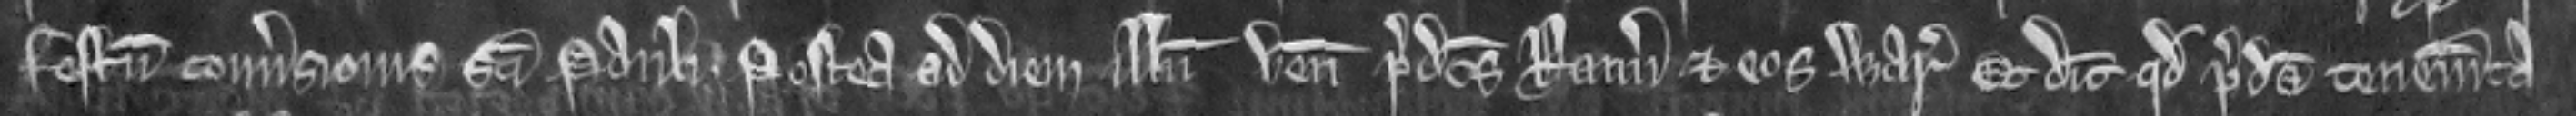
festum Conversionis Sancti Pauli. Postea ad diem illum venit predictus Ranulfus et cos warantizat. Et dicit quod predicta tenementa